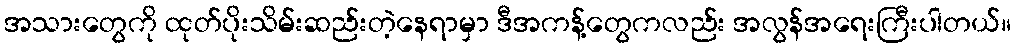
အသားတွေကို ထုတ်ပိုးသိမ်းဆည်းတဲ့နေရာမှာ ဒီအကန့်တွေကလည်း အလွန်အရေးကြီးပါတယ်။